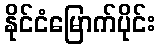
နိုင်ငံမြောက်ပိုင်း